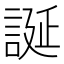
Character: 誕